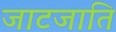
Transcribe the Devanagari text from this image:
जाटजाति